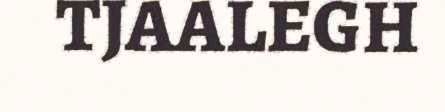
TJAALEGH